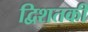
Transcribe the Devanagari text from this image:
द्विशतकी